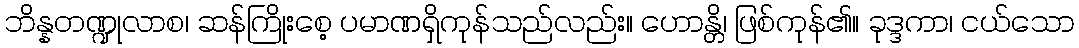
ဘိန္နတဏ္ဍုလာစ၊ ဆန်ကြိုးစေ့ ပမာဏရှိကုန်သည်လည်း။ ဟောန္တိ၊ ဖြစ်ကုန်၏။ ခုဒ္ဒကာ၊ ငယ်သော